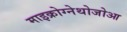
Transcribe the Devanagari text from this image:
माइक्रोग्नेथोजोआ